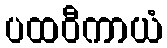
ပထဝီကာယံ